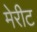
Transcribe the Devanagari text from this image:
मेरीट